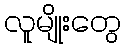
လူမျိုးတွေ